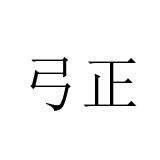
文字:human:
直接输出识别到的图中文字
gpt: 弓正